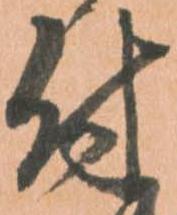
付